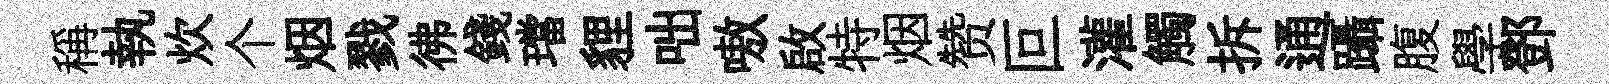
稱執炊个烟戮彿錢璫貍咄嗷啟特烟赞叵灌觸拆通躡腹學鄧